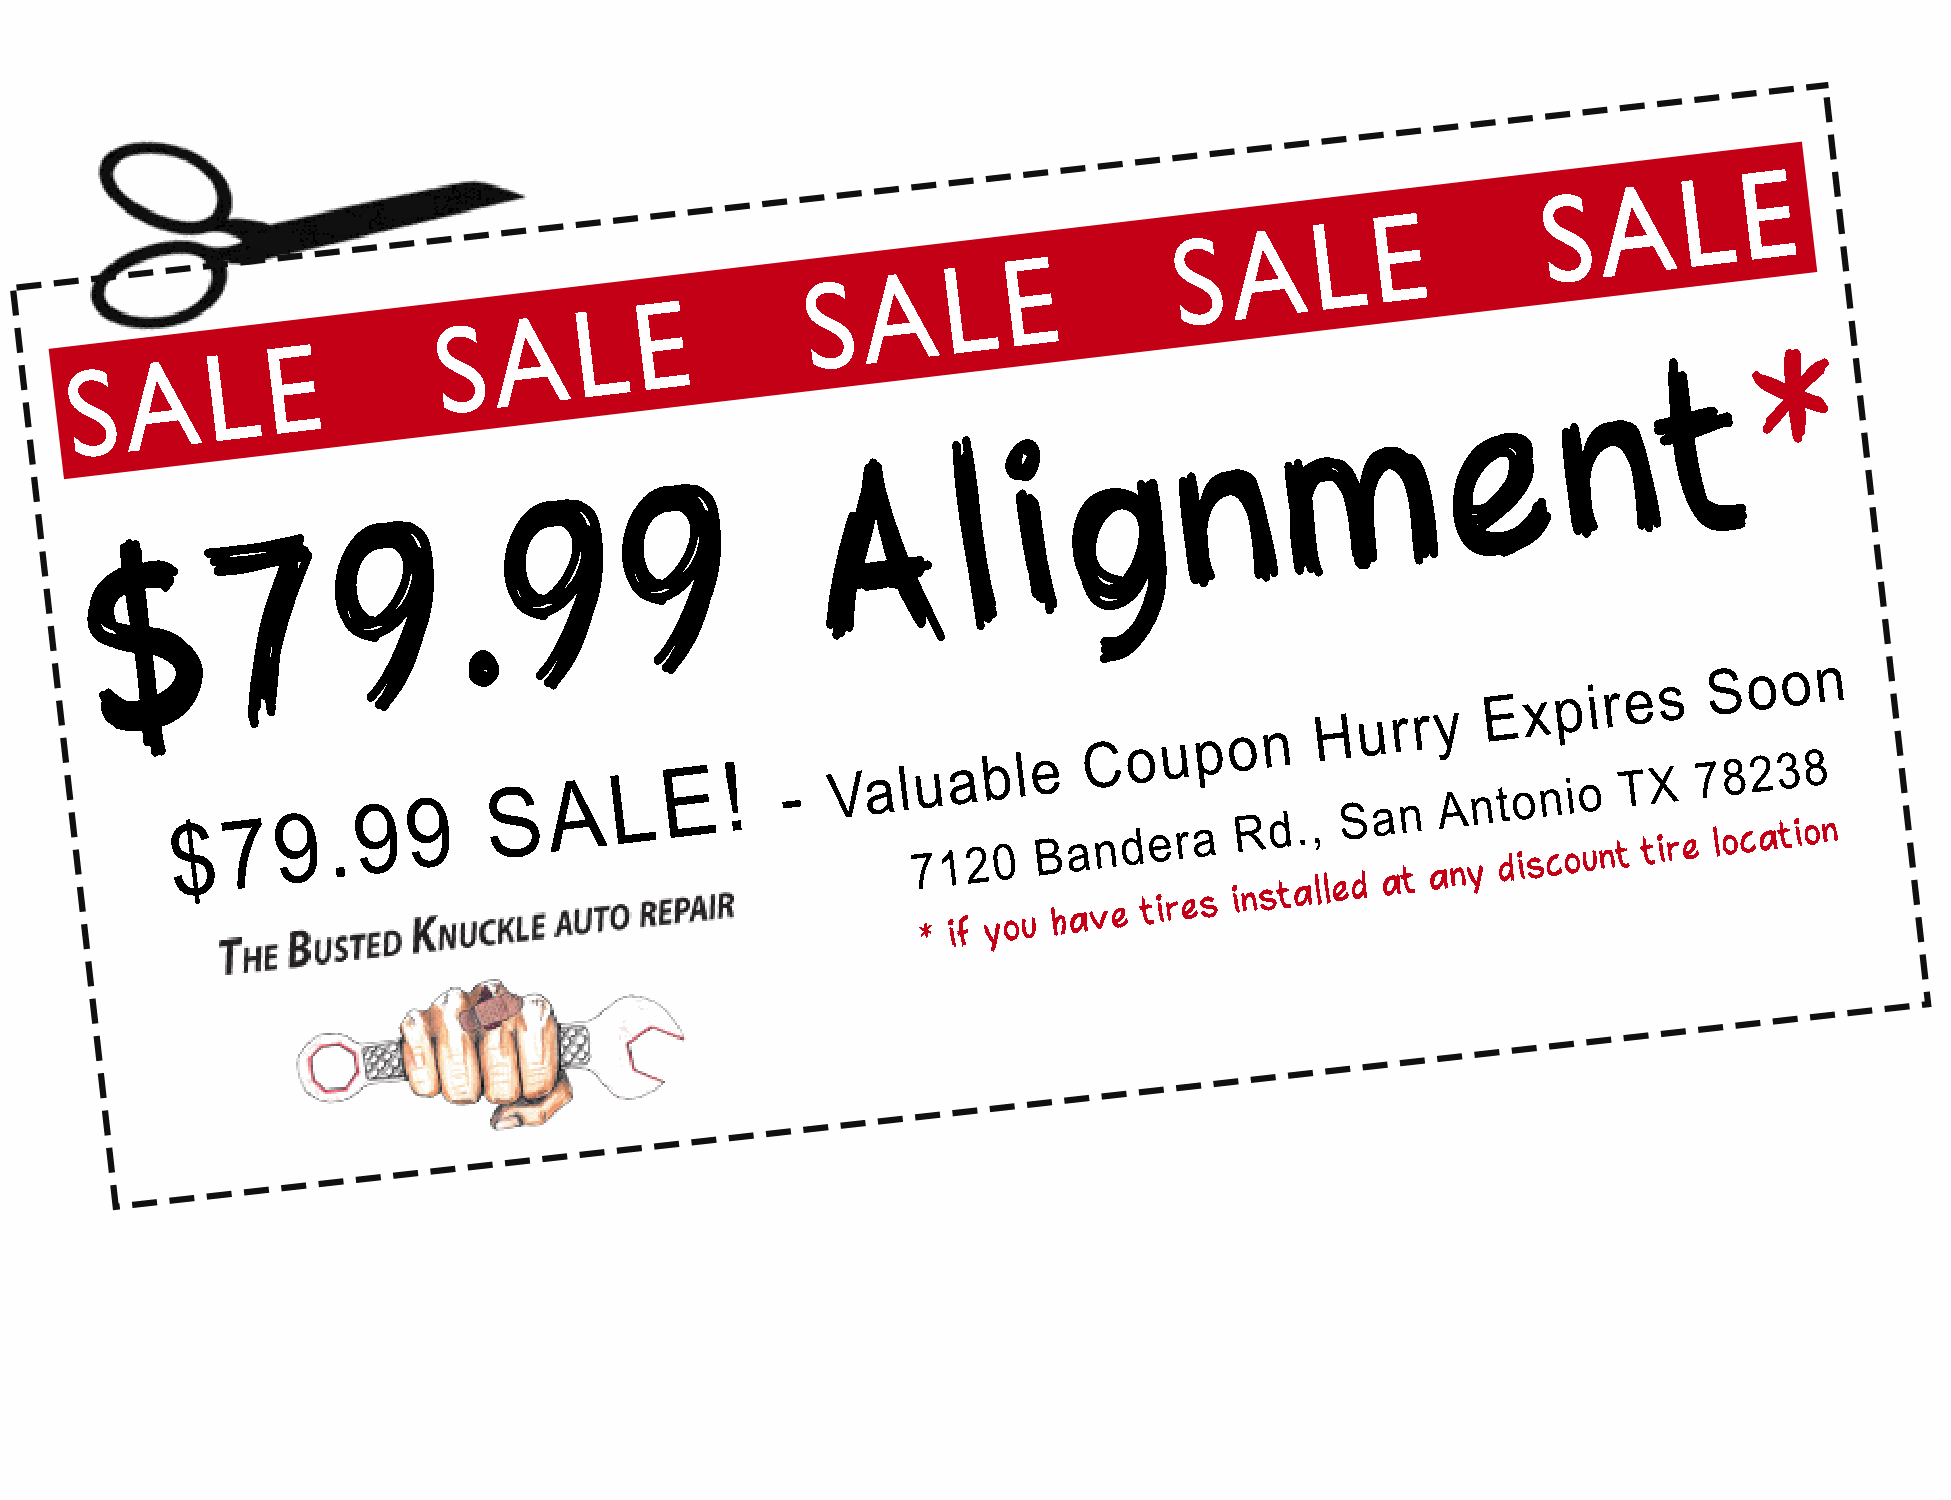
EE
 LL
 SSAA
 E
 L
 A
 S
 E
 L
 A
 S
 E
 L
 A
 E
 S
 *
 L                                                                                                 t
 SA                                                                                                  n
 e
 m
 n
 g
 i
 l
 A
 9
 9
 .
 9
 7
 $
 $79.99
 SALE!              -  Val   7u
 *
 1
 ia
 f2
 b
 y0
 ol ue
 B
 h
 a
 aC
 vn
 edo
 te
 iu
 rr
 eap
 s
 o
 iR
 nsn
 d ta. ,
 lH
 l
 eS
 du
 a
 ar
 n
 tr ay
 A
 n
 ynE
 t do
 ix
 sn
 cp
 oio
 ui nr tTe tX is
 r e
 7 S lo8 co 2 a3 to io8n
 n